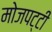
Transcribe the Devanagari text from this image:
मोजपट्टी